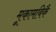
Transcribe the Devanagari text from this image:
मूकामबिकै